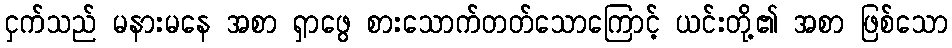
ငှက်သည် မနားမနေ အစာ ရှာဖွေ စားသောက်တတ်သောကြောင့် ယင်းတို့၏ အစာ ဖြစ်သော